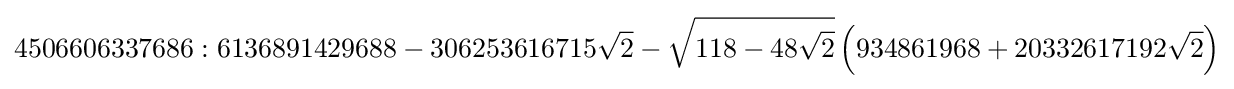
4506606337686:6136891429688-306253616715{\sqrt {2}}-{\sqrt {118-48{\sqrt {2}}}}\left(934861968+20332617192{\sqrt {2}}\right)